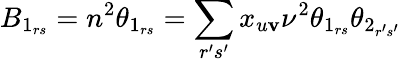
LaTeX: B_{1_{rs}}=n^{2}\theta_{1_{rs}}=\sum_{r^{\prime}s^{\prime}}x_{u\mathbf{v}}\nu^{2}\theta_{1_{rs}}\theta_{2_{r^{\prime}s^{\prime}}}